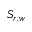
S _ { r , w }